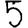
Digit: 5